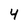
Character: 4